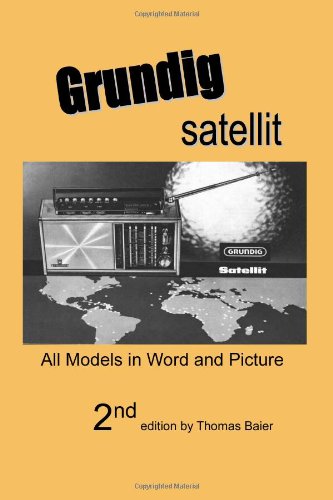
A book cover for Grundig Satellit - All Models in Word and Picture; Thomas Baier; Crafts, Hobbies & Home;